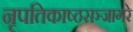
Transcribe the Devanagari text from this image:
नृपतिकाष्ठसञ्जागरे